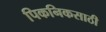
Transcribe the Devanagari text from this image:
पिकनिकसाठी